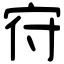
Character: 𡧛